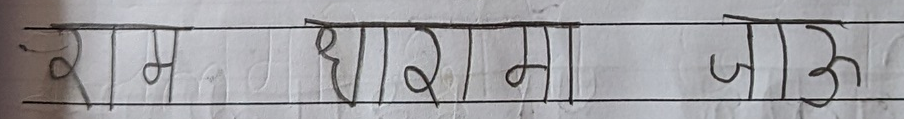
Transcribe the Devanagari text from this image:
राम धाम जाऊ